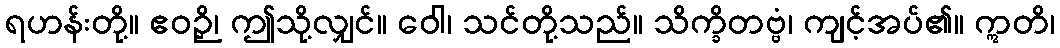
ရဟန်းတို့။ ဧဝဉှိ၊ ဤသို့လျှင်။ ဝေါ၊ သင်တို့သည်။ သိက္ခိတဗ္ဗံ၊ ကျင့်အပ်၏။ ဣတိ၊